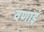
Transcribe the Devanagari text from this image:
वणाइं